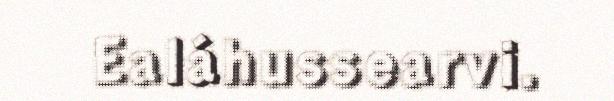
Ealáhussearvi.